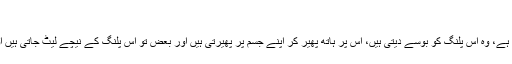
:
بہرحال ہم دیکھ رہے تھے کہ اب جن عورتوں کا اولاد لینا ہوتی ہے، وہ اس پلنگ کو بوسے دیتی ہیں، اس پر ہاتھ پھیر کر اپنے جسم پر پھیرتی ہیں اور بعض تو اس پلنگ کے نیچے لیٹ جاتی ہیں اور لیٹنے کے بعد خیال کیا جاتا ہے کہ اب بابا پیر اولاد دے گا۔